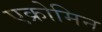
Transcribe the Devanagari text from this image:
एक्रोमिन